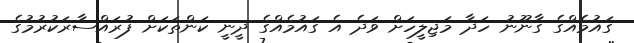
ގައުމެއްގެ ގާނޫނު ހަދާ މަޖިލީހަށް ވަދެ އެ ގައުމެއްގެ ދީނީ ކަންތަކަށް ފުރައްސާރަކުރުމުގެ